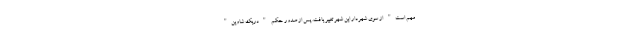
مهم است" از سوی شهردار این شهر تغییر یافت. پس از صدور حکم "دریک شاوین"